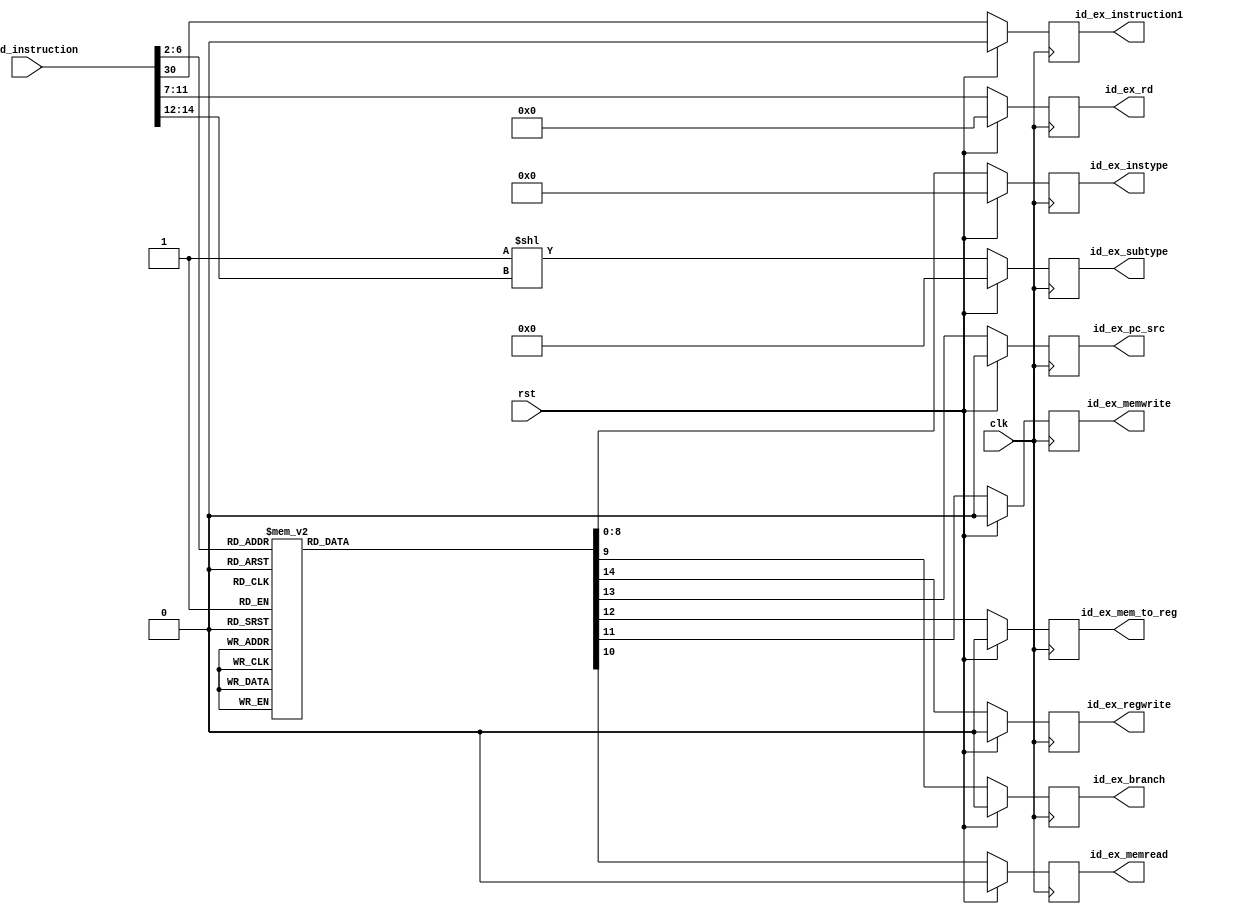
`timescale 1ns / 1ps
//////////////////////////////////////////////////////////////////////////////////
// Company: 
// Engineer: 
// 
// Design Name: 
// Module Name: control
// Project Name: 
// Target Devices: 
// Tool Versions: 
// Description: 
// 
// Dependencies: 
// 
// Revision:
// Revision 0.01 - File Created
// Additional Comments:
// 
//////////////////////////////////////////////////////////////////////////////////


module control(
input clk,
input rst,

input [31:0]if_id_instruction,

output reg id_ex_memread,
output reg id_ex_memwrite,
output reg id_ex_mem_to_reg,

output reg id_ex_pc_src,

output reg[4:0] id_ex_rd,
output reg id_ex_instruction1,
output reg id_ex_regwrite,

output reg id_ex_branch,
output reg[8:0] id_ex_instype,
output reg[7:0] id_ex_subtype
);




always @(posedge clk ) begin
    if(!rst) begin
        case (if_id_instruction[6:2])
            5'b01100 : begin
                id_ex_instype = 9'b000000001;  //register  rd = rs1 op rs2
                id_ex_branch = 0;

                id_ex_memread = 0;
                id_ex_memwrite = 0;
                id_ex_mem_to_reg = 0;

                id_ex_pc_src = 0;

                id_ex_regwrite = 1;
            end
            5'b00100 : begin
                id_ex_instype = 9'b000000010;  //immediate rd = rs1 op Iimm
                id_ex_branch = 0;

                id_ex_memread = 0;
                id_ex_memwrite = 0;
                id_ex_mem_to_reg = 0;

                id_ex_pc_src = 0;

                id_ex_regwrite = 1;
            end
            5'b01000 : begin
                id_ex_instype = 9'b000000100;  //store     datamemory[rs1+Simm] = rs2(8,16,32)
                id_ex_branch = 0;

                id_ex_memread = 0;
                id_ex_memwrite = 1;
                id_ex_mem_to_reg = 0;

                id_ex_pc_src = 0;

                id_ex_regwrite = 0;
            end
            5'b00000 : begin
                id_ex_instype = 9'b000001000;  //load      rd = datamemory[rs1+Iimm](8,16,32)
                id_ex_branch = 0;

                id_ex_memread = 1;
                id_ex_memwrite = 0;
                id_ex_mem_to_reg = 1;

                id_ex_pc_src = 0;

                id_ex_regwrite = 1;
            end
            5'b11000 : begin
                id_ex_instype = 9'b000010000;  //branch    if(rs1 op rs2) then programcounter = programcounter + 4 + Bimm
                id_ex_branch = 1;

                id_ex_memread = 0;
                id_ex_memwrite = 0;
                id_ex_mem_to_reg = 0;

                id_ex_pc_src = 1;

                id_ex_regwrite = 0;
            end
            5'b01101 : begin
                id_ex_instype = 9'b000100000;  //lui       rd = Uimm
                id_ex_branch = 0;

                id_ex_memread = 0;
                id_ex_memwrite = 0;
                id_ex_mem_to_reg = 0;

                id_ex_pc_src = 0;

                id_ex_regwrite = 1;
            end
            5'b00101 : begin
                id_ex_instype = 9'b001000000;  //auipc     rd = programcounter + Uimm
                id_ex_branch = 0;

                id_ex_memread = 0;
                id_ex_memwrite = 0;
                id_ex_mem_to_reg = 0;

                id_ex_pc_src = 0;

                id_ex_regwrite = 1;
            end
            5'b11011 : begin
                id_ex_instype = 9'b010000000;  //jal       rd = programcounter + 4 //programcounter = programcounter + Jimm
                id_ex_branch = 1;

                id_ex_memread = 0;
                id_ex_memwrite = 0;
                id_ex_mem_to_reg = 0;

                id_ex_pc_src = 1;

                id_ex_regwrite = 1;
            end
            5'b11001 : begin
                id_ex_instype = 9'b100000000;  //jalr      rd = programcounter + 4 //programcounter = rs1 + Iimm
                id_ex_branch = 1;

                id_ex_memread = 0;
                id_ex_memwrite = 0;
                id_ex_mem_to_reg = 0;

                id_ex_pc_src = 1;

                id_ex_regwrite = 1;
            end
            default : begin
                id_ex_instype = 9'b0;
                id_ex_branch = 0;

                id_ex_memread = 0;
                id_ex_memwrite = 0;
                id_ex_mem_to_reg = 0;

                id_ex_pc_src = 0;

                id_ex_regwrite = 0;
            end
        endcase
        id_ex_subtype = 8'b00000001 << if_id_instruction[14:12];
        id_ex_rd = if_id_instruction[11:7];
        id_ex_instruction1 = if_id_instruction[30];
    end
    else begin
        id_ex_instype = 0;
        id_ex_branch = 0;
        id_ex_memread = 0;
        id_ex_memwrite = 0;
        id_ex_mem_to_reg = 0;
        id_ex_pc_src = 0;
        id_ex_instruction1 = 0;
        id_ex_rd = 0;
        id_ex_regwrite = 0;
        id_ex_subtype = 0;
    end
end

endmodule